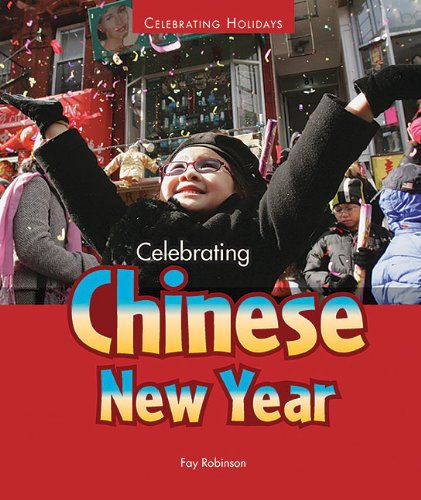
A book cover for Celebrating Chinese New Year (Celebrating Holidays); Fay Robinson; Children's Books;